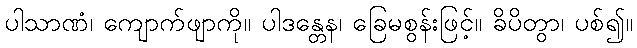
ပါသာဏံ၊ ကျောက်ဖျာကို။ ပါဒန္တေန၊ ခြေမစွန်းဖြင့်။ ခိပိတွာ၊ ပစ်၍။